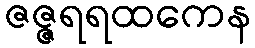
ဇဇ္ဇရရထကေန